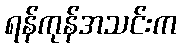
ရန်ကုန်အသင်းက